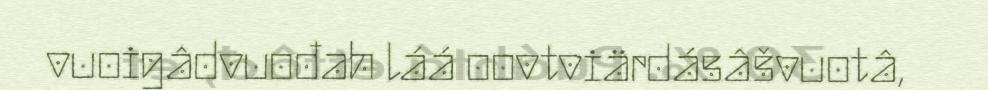
vuoigâdvuođah láá oovtviärdásâšvuotâ,